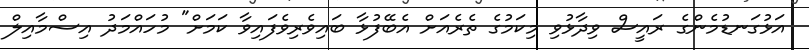
އަޅުގަނޑުމެންގެ ރައީސް ވިދާޅުވި މިކަމުގެ ތެރެއަށް އެބޭފުޅާ ބައިވެރިވެފައިވާ ކަމަށް" މުހައްމަދު އިސްމާއިލް